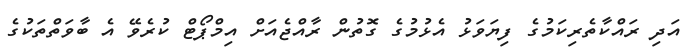
އަދި ރައްކާތެރިކަމުގެ ފިޔަވަޅު އެޅުމުގެ ގޮތުން ރާއްޖެއަށް އިމްޕޯޓް ކުރެވޭ އެ ބާވަތްތަކުގެ